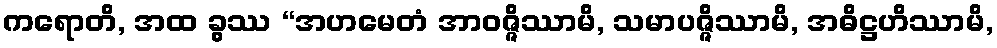
ကရောတိ, အထ ခွဿ “အဟမေတံ အာဝဇ္ဇိဿာမိ, သမာပဇ္ဇိဿာမိ, အဓိဋ္ဌဟိဿာမိ,